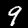
Digit: 9